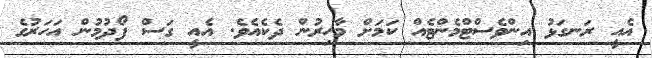
އެއީ ރަނގަޅު އިންވެސްޓްމެންޓެއް ކަމަށް މާހިރުން ދެކެއެވެ. އެއީ ގަސް ފޯދުމުން އަހަރުގެ